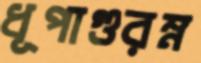
ধূপাগুরম্ন